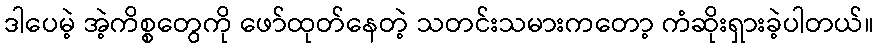
ဒါပေမဲ့ အဲ့ကိစ္စတွေကို ဖော်ထုတ်နေတဲ့ သတင်းသမားကတော့ ကံဆိုးရှားခဲ့ပါတယ်။